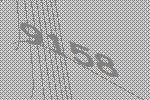
9158